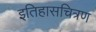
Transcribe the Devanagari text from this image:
इतिहासचित्रण